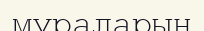
мураларын